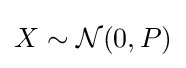
X\sim {\mathcal {N}}(0,P)\,\!